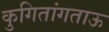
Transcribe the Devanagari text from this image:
कुगितांगताऊ